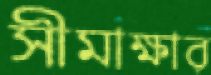
সীমাক্ষার